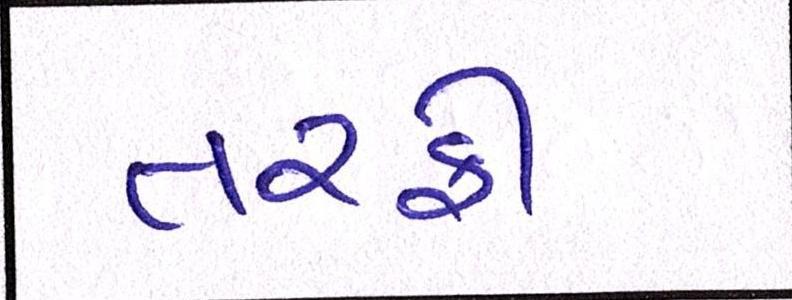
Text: તરફી